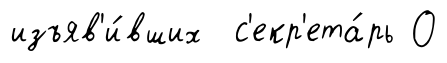
изъяв'и́вших с'екр'ета́рь О